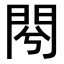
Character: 𨳣